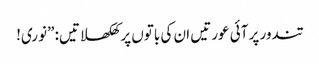
تندور پر آئی عورتیں ان کی باتوں پر کھلکھلاتیں: ”نوری!